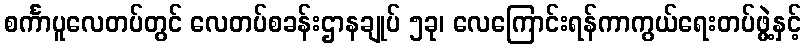
စင်္ကာပူလေတပ်တွင် လေတပ်စခန်းဌာနချုပ် ၅ခု၊ လေကြောင်းရန်ကာကွယ်ရေးတပ်ဖွဲ့နှင့်